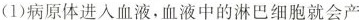
(1)病原体进入血液，血液中的淋巴细胞就会产